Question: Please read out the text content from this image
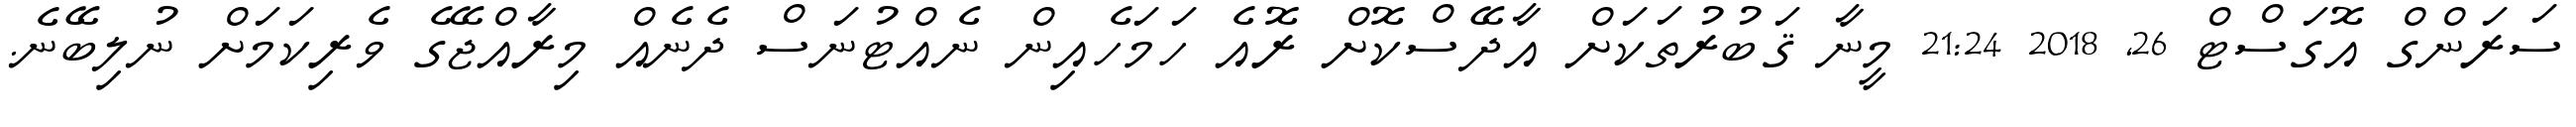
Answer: ސަރަންގް އޮގަސްޓް 26, 2018 21:24 މީނާ ޤަބުރުތަކަށް އާދޭސްކޮށް ރޮއެ ހަމަހެއިން ނެއްޓުނަސް ދެނެއް މިރާއްޖޭގެ ވެރިކަމަށް ނުލިބޭނެ.